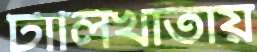
টালিখাতায়